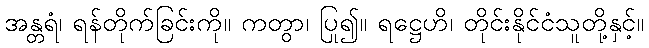
အန္တရံ၊ ရန်တိုက်ခြင်းကို။ ကတွာ၊ ပြု၍။ ရဋ္ဌေဟိ၊ တိုင်းနိုင်ငံသူတို့နှင့်။